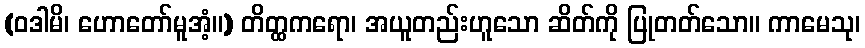
(ဝဒါမိ၊ ဟောတော်မူအံ့။) တိတ္ထကရော၊ အယူတည်းဟူသော ဆိတ်ကို ပြုတတ်သော။ ကာမေသု၊